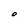
Character: O